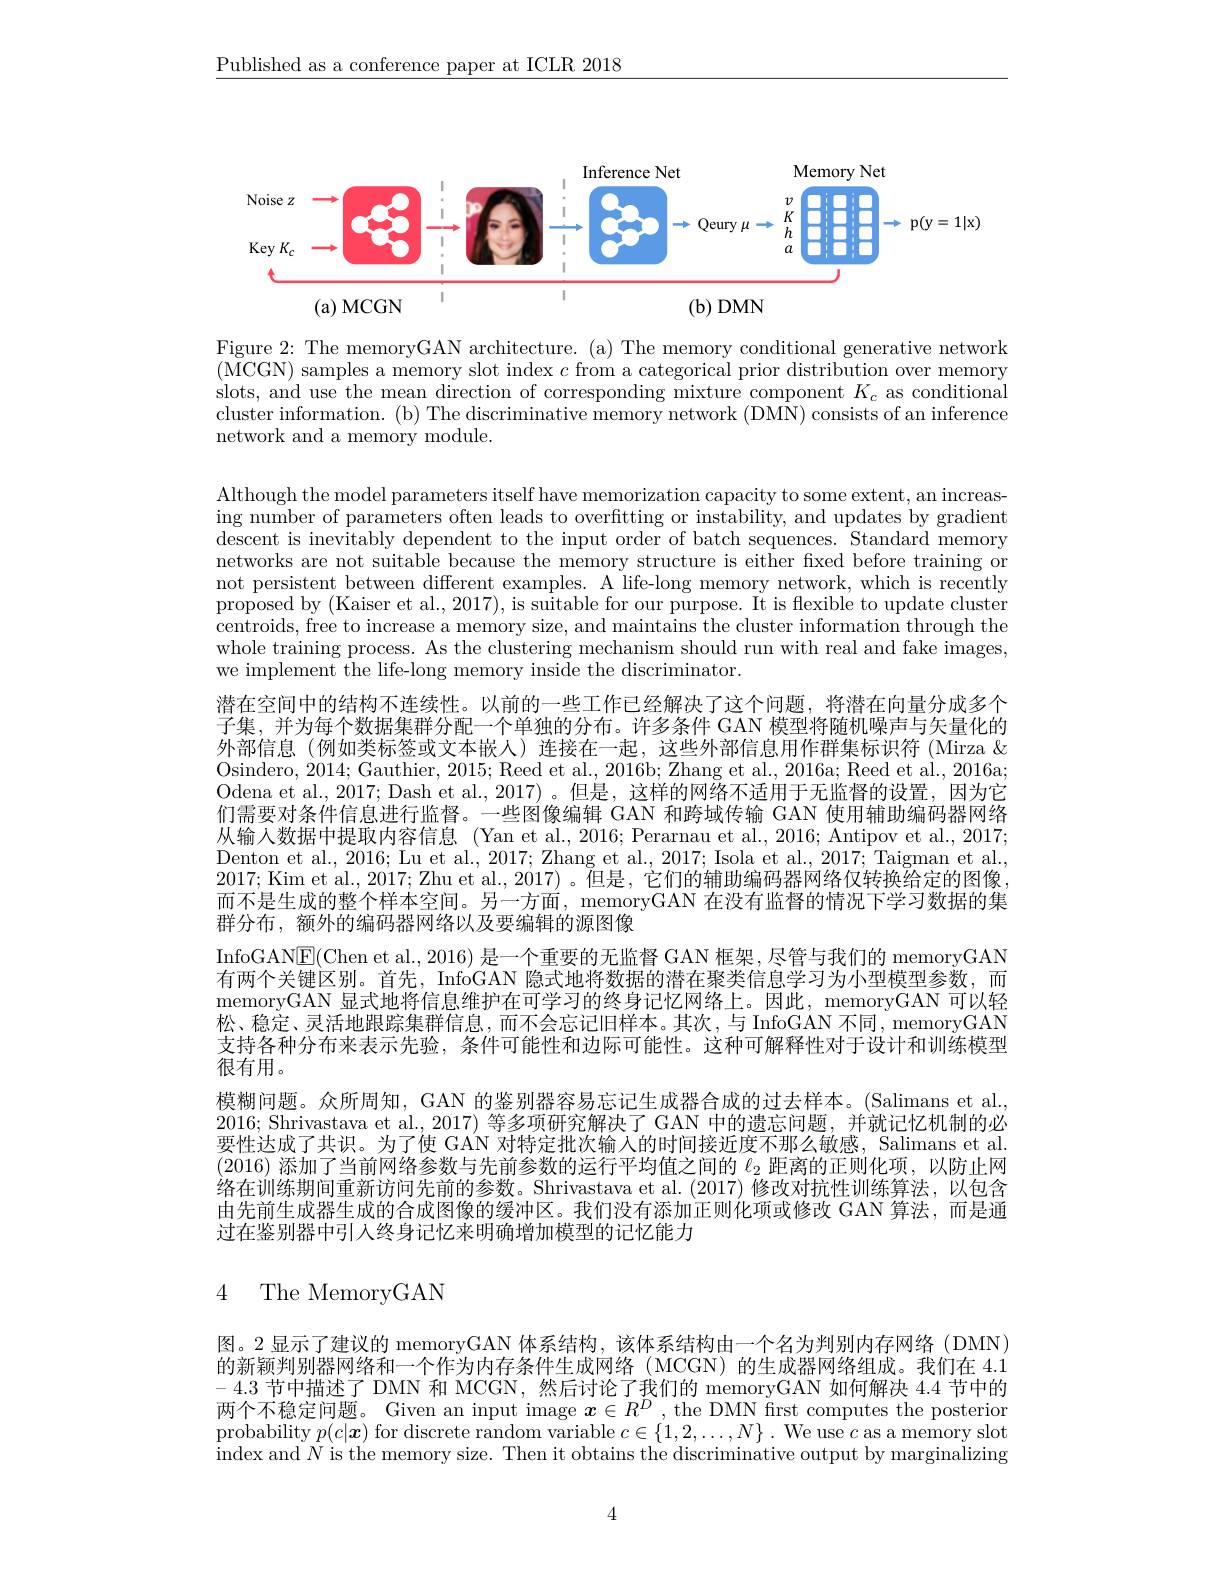
$\underline{\text{Published as a conference paper at ICLR 2018}}$

<FigureHere>

Figure 2: The memoryGAN architecture. (a) The memory conditional generative network (MCGN) samples a memory slot index $c$ from a categorical prior distribution over memory slots, and use the mean direction of corresponding mixture component $K_c$ as conditional cluster information. (b) The discriminative memory network (DMÑ) consists of an inference network and a memory module.

Although the model parameters itself have memorization capacity to some extent, an increasing number of parameters often leads to overftting or instability, and updates by gradient $\bar{\text{descent is inevitably dependent to the input order of batch sequences. Standard memory}}$ networks are not suitable because the memory structure is either fixed before training or not persistent between different examples. A life-long memory network, which is recently proposed by (Kaiser et al., 2017), is suitable for our purpose. It is flexible to update cluster centroids, free to increase a memory size, and maintains the cluster information through the whole training process. As the clustering mechanism should run with real and fake images, we implement the life-long memory inside the discriminator.
潜在空间中的结构不连续性。以前的一些工作已经解决了这个问题，将潜在向量分成多个子集，并为每个数据集群分配一个单独的分布。许多条件 GAN 模型将随机噪声与矢量化的外部信息(例如类标签或文本嵌人)连接在一起，这些外部信息用作群集标识符 (Mirza & Osindero, 2014;Gauthier, 2015; Reed et al., 2016b; Zhang et al., 2016a; Reed et al., 2016a; Odena et al. , 2017; Dash et al. , 2017) 。但 是 , 这 样 的 网 络 不 适 用 于 无 监 督 的 设 置 , 因 为 它 们需要对条件信息进行监督。一些图像编辑 GAN 和跨域传输 GAN 使用辅助编码器网络从输入数据中提取内容信息 (Yan et al., 2016; Perarnau et al., 2016; Antipov et al., 2017; Denton et al., 2016; Lu et al., 2017; Zhang et al., 2017; Isola et al., 2017; Taigman et al., 2017; Kim et al., 2017; Zhu et al., 2017)。但是，它们的辅助编码器网络仅转换给定的图像， 而不是生成的整个样本空间。另一方面，memoryGAN 在没有监督的情况下学习数据的集群分布，额外的编码器网络以及要编辑的源图像
InfoGAN$\boxed{\mathrm{E}}($Chen et al., 2016) 是一个重要的无监督 GAN 框架，尽管与我们的 memoryGAN 有两个关键区别。首先，InfoGAN 隐式地将数据的潜在聚类信息学习为小型模型参数，而memoryGAN 显式地将信息维护在可学习的终身记忆网络上。因此，memoryGAN 可以轻松、稳定、灵活地跟踪集群信息，而不会忘记旧样本。其次，与 InfoGAN 不同，memoryGAN 支持各种分布来表示先验，条件可能性和边际可能性。这种可解释性对于设计和训练模型很有用。
模糊问题。众所周知，GAN 的鉴别器容易忘记生成器合成的过去样本。(Salimans et al. 2016; Shrivastava et al., 2017) 等多项研究解决了 GAN 中的遗忘问题，并就记忆机制的必要性达成了共识。为了使 GAN 对特定批次输入的时间接近度不那么敏感，Salimans et al. (2016)添加了当前网络参数与先前参数的运行平均值之间的$\ell_{2}$距离的正则化项，以防止网络在训练期间重新访问先前的参数。Shrivastava et al.(2017)修改对抗性训练算法，以包含由先前生成器生成的合成图像的缓冲区。我们没有添加正则化项或修改 GAN 算法，而是通过在鉴别器中引入终身记忆来明确增加模型的记忆能力

## 4 The MemoryGAN

图。2 显示了建议的 memoryGAN 体系结构，该体系结构由一个名为判别内存网络 (DMN) 的新颖判别器网络和一个作为内存条件生成网络(MCGN)的生成器网络组成。我们在 4.1 -4.3节中描述了 DMN 和 MCGN,然后讨论了我们的 memoryGAN 如何解决4.4节中的两个不稳定问题。Given an input image $x\in R^D$, the DMN first computes the posterior probability $p(c|\boldsymbol{x})$ for discrete random variable $c\in\{1,2,\ldots,N\}.$ We use $c$ as a memory slot index and $N$ is the memory size. Then it obtains the discriminative output by marginalizing

4